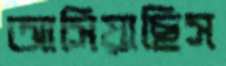
আসিয়াছিস